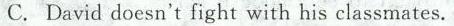
C. David doesn't fight with his classmates.